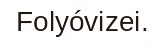
Folyóvizei.